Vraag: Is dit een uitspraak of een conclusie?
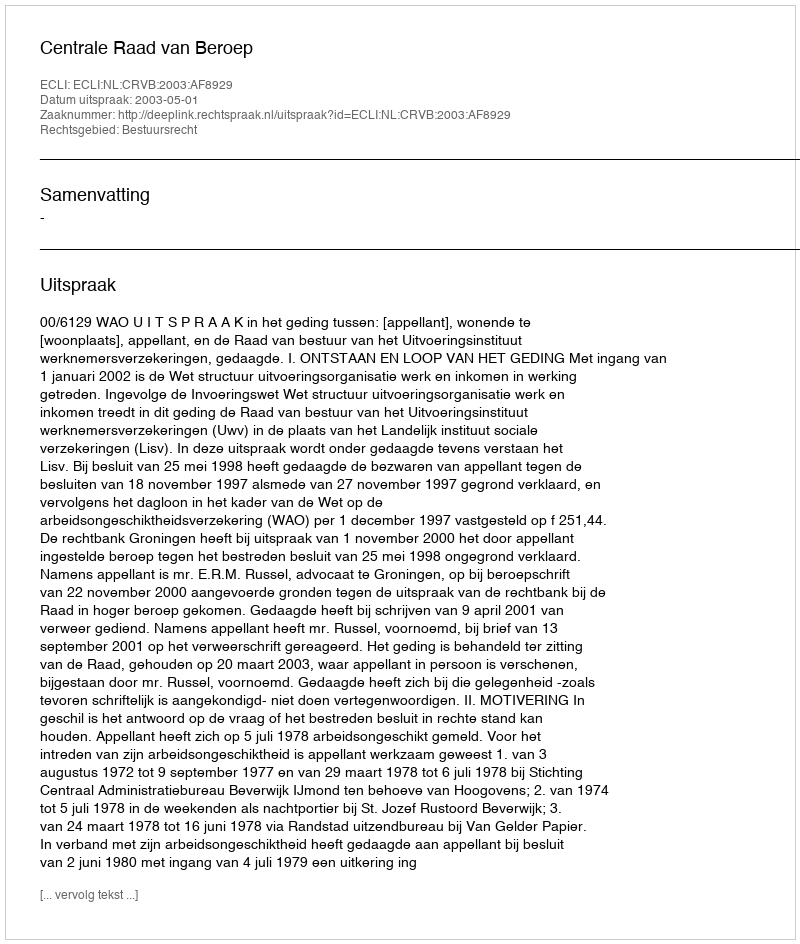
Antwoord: Uitspraak